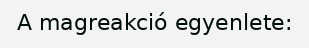
A magreakció egyenlete: